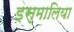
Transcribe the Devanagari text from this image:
इस्मालिया